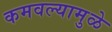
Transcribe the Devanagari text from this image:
कमवल्यामुळे